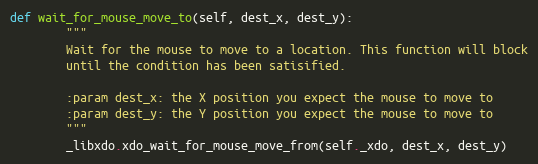
Language: Python
def wait_for_mouse_move_to(self, dest_x, dest_y):
        """
        Wait for the mouse to move to a location. This function will block
        until the condition has been satisified.

        :param dest_x: the X position you expect the mouse to move to
        :param dest_y: the Y position you expect the mouse to move to
        """
        _libxdo.xdo_wait_for_mouse_move_from(self._xdo, dest_x, dest_y)